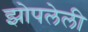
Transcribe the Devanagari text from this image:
झोपलेली